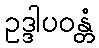
ဥဒ္ဒါပဝန္တံ